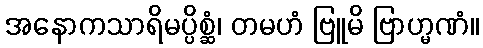
အနောကသာရိမပ္ပိစ္ဆံ၊ တမဟံ ဗြူမိ ဗြာဟ္မဏံ။